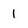
Character: i